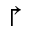
\Rsh